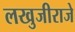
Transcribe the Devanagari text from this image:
लखुजीराजे